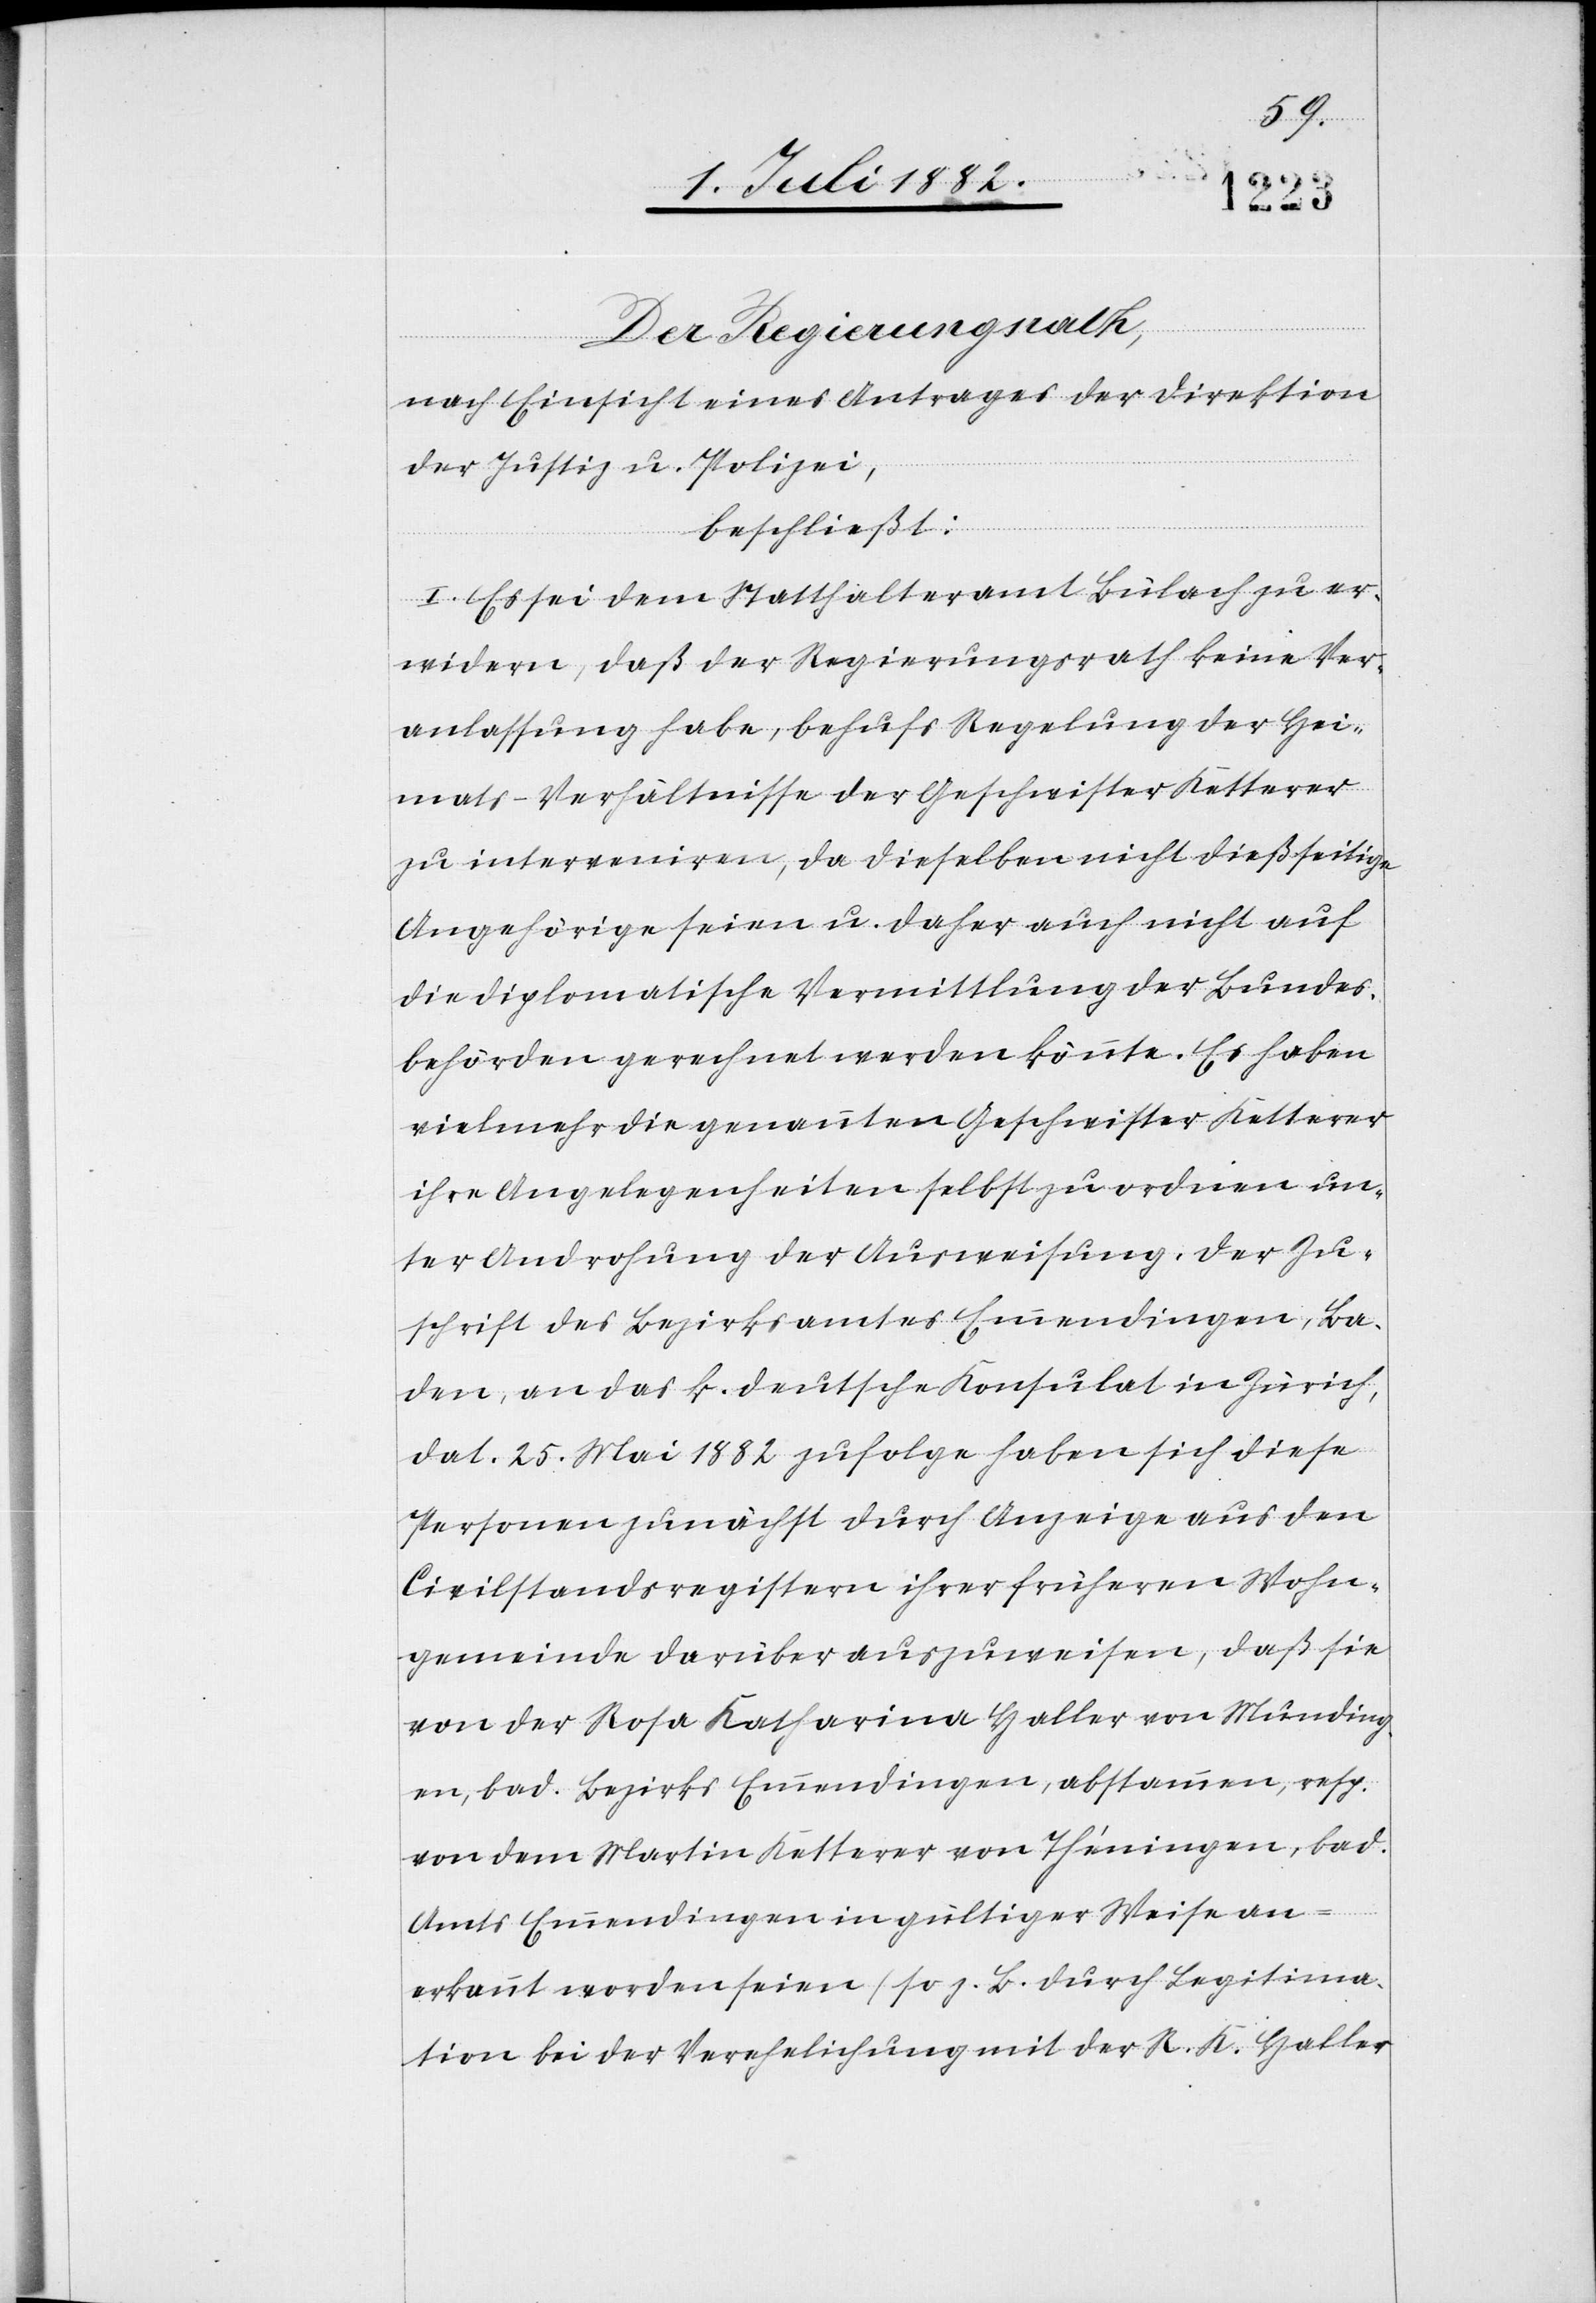
Der Regierungsrath,
nach Einsicht eines Antrages der Direktion
der Justiz & Polizei,
beschließt:
I. Es sei dem Statthalteramt Bülach zu er¬
widern, daß der Regierungsrath keine Ver¬
anlassung habe, behufs Regelung der Hei¬
mats-Verhältnisse der Geschwister Ketterer
zu interveniren, da dieselben nicht dießseitige
Angehörige seien u. daher auch nicht auf
die diplomatische Vermittlung der Bundes¬
behörden gerechnet werden könnte. Es haben
vielmehr die genannten Geschwister Ketterer
ihre Angelegenheiten selbst zu ordnen un¬
ter Androhung der Ausweisung. Der Zu¬
schrift des Bezirksamtes Emmendingen, Ba¬
den, an das k. deutsche Konsulat in Zürich,
dat. 25. Mai 1882 zufolge haben sich diese
Personen zunächst durch Anzeige aus den
Civilstandsregistern ihrer frühern Wohn¬
gemeinde darüber auszuweisen, daß sie
von der Rosa Katharina Haller von Munding¬
en, bad. Bezirks Emmendingen, abstammen, resp.
von dem Martin Ketterer von Théningen, bad.
Amts Emmendingen in gültiger Weise an¬
erkannt worden seien (so z. B. durch Legitima¬
tion bei der Verehelichung mit der R. K. Haller